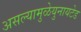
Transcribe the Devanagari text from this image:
असल्यामुळेयुनायटेड